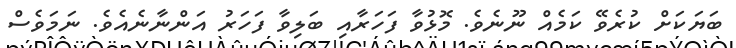
ބަޔަކަށް ކުރެވޭ ކަމެއް ނޫނެވެ. މޮޅުވާ ފަހަރާއި ބަލިވާ ފަހަރު އަންނާނެއެވެ. ނަމަވެސް